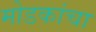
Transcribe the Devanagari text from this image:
मोडकांचा